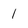
Character: 1